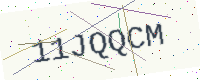
Text: 11JQQCM